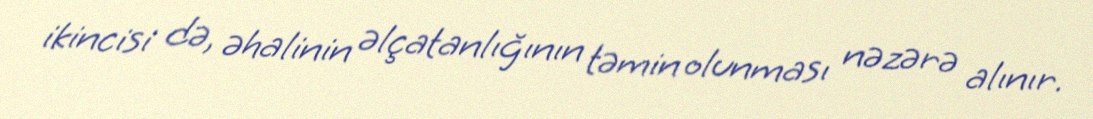
ikincisi də, əhalinin əlçatanlığının təmin olunması nəzərə alınır.